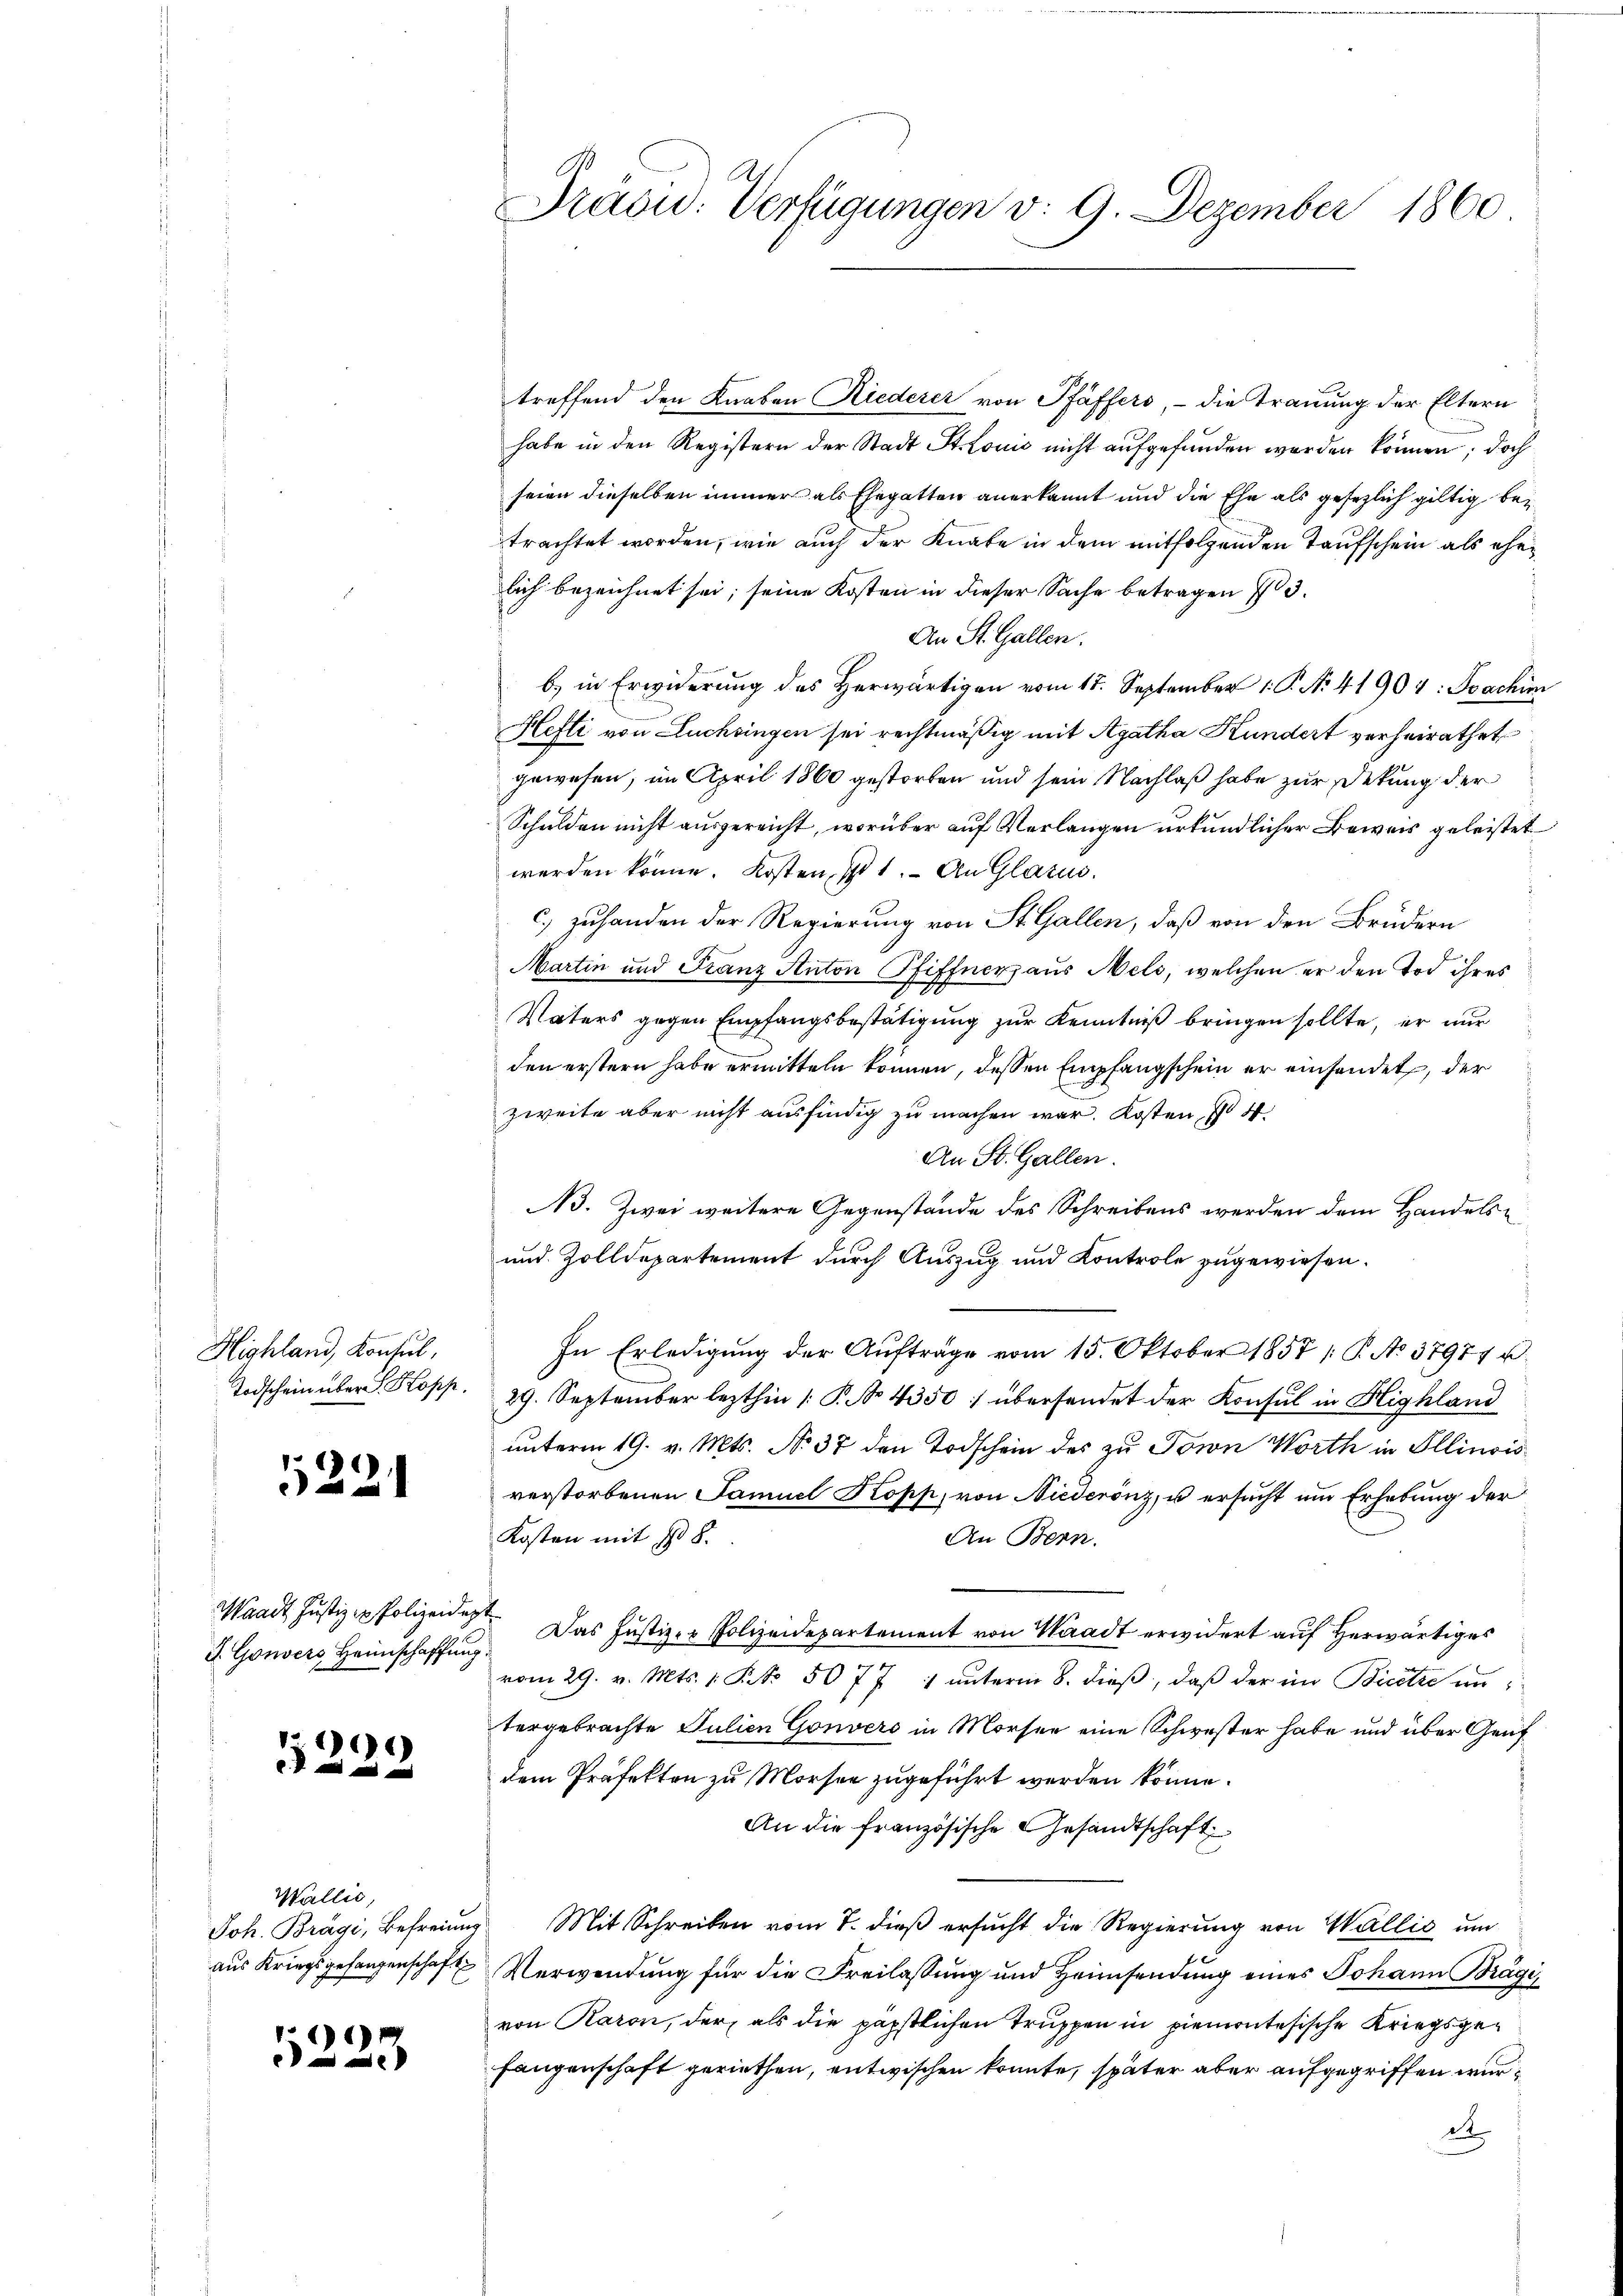
Highland, Konsul,
Todschein über Kopp.

522

Waadt Justiz - Polizeidig
G. Gouvers Heimschaffung

)

Wallis,
Joh. Brägi, Befreiung
aus Kriegsgefangenschaft

)6)
e

Träcu. Verfügungen v. 9. Dezember 1860

treffend den Knaben Riederer von Pfäffers, - die Trauung der Eltern
habe in den Registern der Stadt Stonis nicht aufgefunden worden können; doch
seien dieselben immer als Ehegatten anerkannt und die Ehe als gesezlich giltig betrachtet worden, wie auch der Knabe in dem mitfolgenden Taufschein als ehelich bezeichnet sei; seine Kosten in dieser Sache betragen 13.
An St. Gallen.
b) in Erwiderung des Herwärtigen vom 15. September 1. P. No. 41904: Joachim
Hefti von Luchsingen sei rechtmäßig mit Agatha Kundert verheirathet
gewesen, im April 1860 gestorben und sein Nachlaß habe zur Sekung der
Schulden nicht ausgereicht, worüber auf Verlangen urkundlicher Beweis geleistet
werden könne. Kosten, ist 1. An Glatus.
c.) zuhanden der Regierung von St. Gallen, daß von den Brudern
Martin und Franz Anton Pfiffner aus Mels, welchen er den Tod ihres
Vaters gegen Empfangsbestätigung zur Kenntniß bringen sollte, er nur
den erstern habe ermitteln können, dessen Empfangschein er einsendet, der
zweite aber nicht ausfindig zu machen war. Kosten, so
An St. Gallen.
A. Zwei weitere Gegenstände des Schreibens werden dem Handels¬
und Zolldepartement durch Auszug und Kontrole zugewiesen.
In Erledigung der Aufträge vom 15. Oktober 1857 / B. No 37971 u.
29. September lezthin /: P. No 4350: übersendet der Konsul in Highland
unterm 19. v. Mts. No. 37 den Todschein des zu Torn Worth in Illinois
verstorbenen Samuel Kopp, von Niederönz, u ersucht um Erhebung der
Kosten mit 108.
An Bern.
 Das Justiz- & Polizeidepartement von Waadt erwidert auf herwärtiges
vom 29. v. Mts. 1. No. 5077 1 ŭnterm 8. dieβ, daβ der im Bicetze un
tergebrachte Julien Gouvers in Morsee eine Schwester habe und über Genf
dem Präfekten zu Morsee zugeführt werden könne.
An die französische Gesandtschaft
Mit Schreiben vom 7. dieß ersucht die Regierung von Wallić um
Verwendung für die Freilassung und Heimsendung eines Johann Brägi
von Raron, der als die päpstlichen Truppen in piemontesische Kriegsgefangenschaft geriethen, entwischen konnte, später aber aufgegriffen wurd